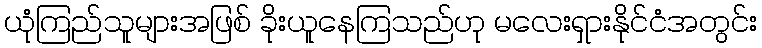
ယုံကြည်သူများအဖြစ် ခိုးယူနေကြသည်ဟု မလေးရှားနိုင်ငံအတွင်း